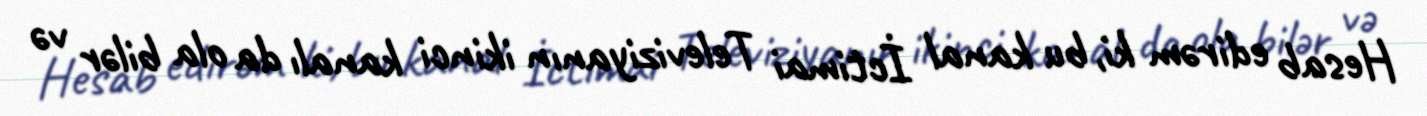
Hesab edirəm ki, bu kanal İctimai Televiziyanın ikinci kanalı da ola bilər və